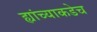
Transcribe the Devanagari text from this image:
ह्यांच्याकडेच